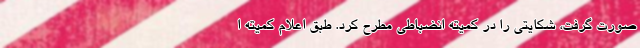
صورت گرفت، شکایتی را در کمیته انضباطی مطرح کرد. طبق اعلام کمیته ا